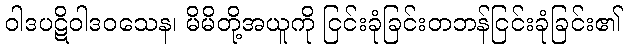
ဝါဒပဋိဝါဒဝသေန၊ မိမိတို့အယူကို ငြင်းခုံခြင်းတဘန်ငြင်းခုံခြင်း၏